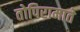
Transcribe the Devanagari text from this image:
तोपिरामाते